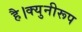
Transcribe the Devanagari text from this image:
है।क्युनीरूप